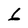
Character: 6